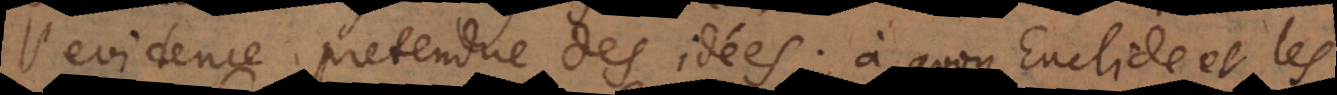
l’evidence pretendue des idées; à quoy Euclide et les